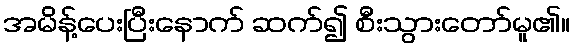
အမိန့်ပေးပြီးနောက် ဆက်၍ စီးသွားတော်မူ၏။